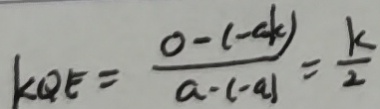
k _ { Q E } = \frac { 0 - ( - a k ) } { a - ( - a ) } = \frac { k } { 2 }